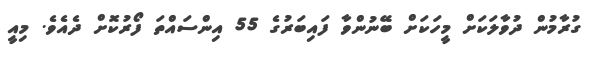
ގުރާމުން ދުވާލަކަށް މީހަކަށް ބޭނުންވާ ފައިބަރުގެ 55 އިންސައްތަ ފޯރުކޮށް ދެއެވެ. މިއީ